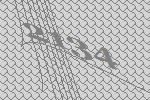
2134